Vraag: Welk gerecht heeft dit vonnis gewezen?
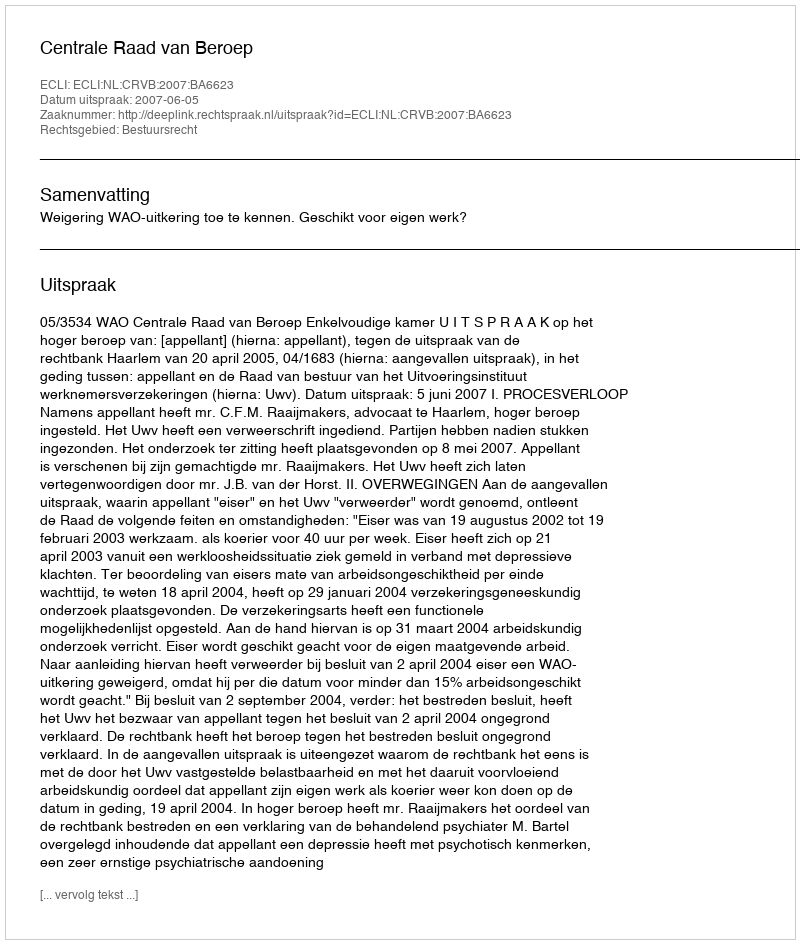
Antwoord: Centrale Raad van Beroep